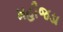
મહીજડા